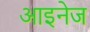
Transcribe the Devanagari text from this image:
आइनेज